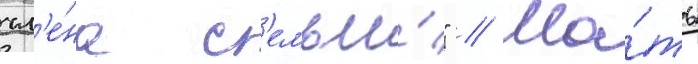
чл'е́на с'емьи́" // Ма́ть